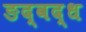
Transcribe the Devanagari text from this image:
ङद्वद्ध